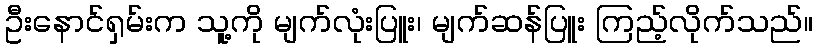
ဦးနောင်ရှမ်းက သူ့ကို မျက်လုံးပြူး၊ မျက်ဆန်ပြူး ကြည့်လိုက်သည်။